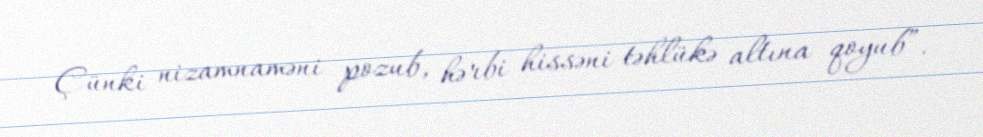
Çünki nizamnaməni pozub, hərbi hissəni təhlükə altına qoyub”.